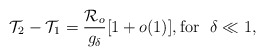
\begin{align*} \mathcal{T}_2-\mathcal{T}_1=\frac{\mathcal{R}_o}{g_\delta}[1+o(1)], \mbox{for }~ \delta\ll 1,\end{align*}